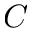
C